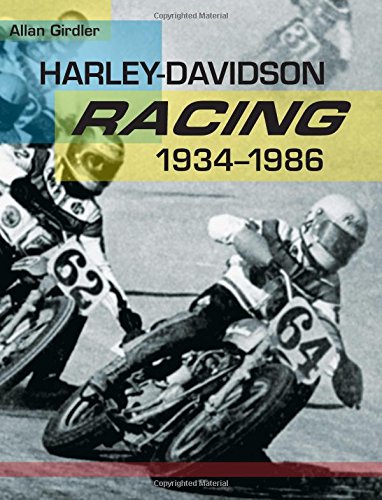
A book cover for Harley-Davidson Racing, 1934-1986; Allan Girdler; Arts & Photography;